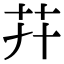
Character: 𦬇